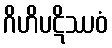
ဂိဟိပဋိဿဝံ